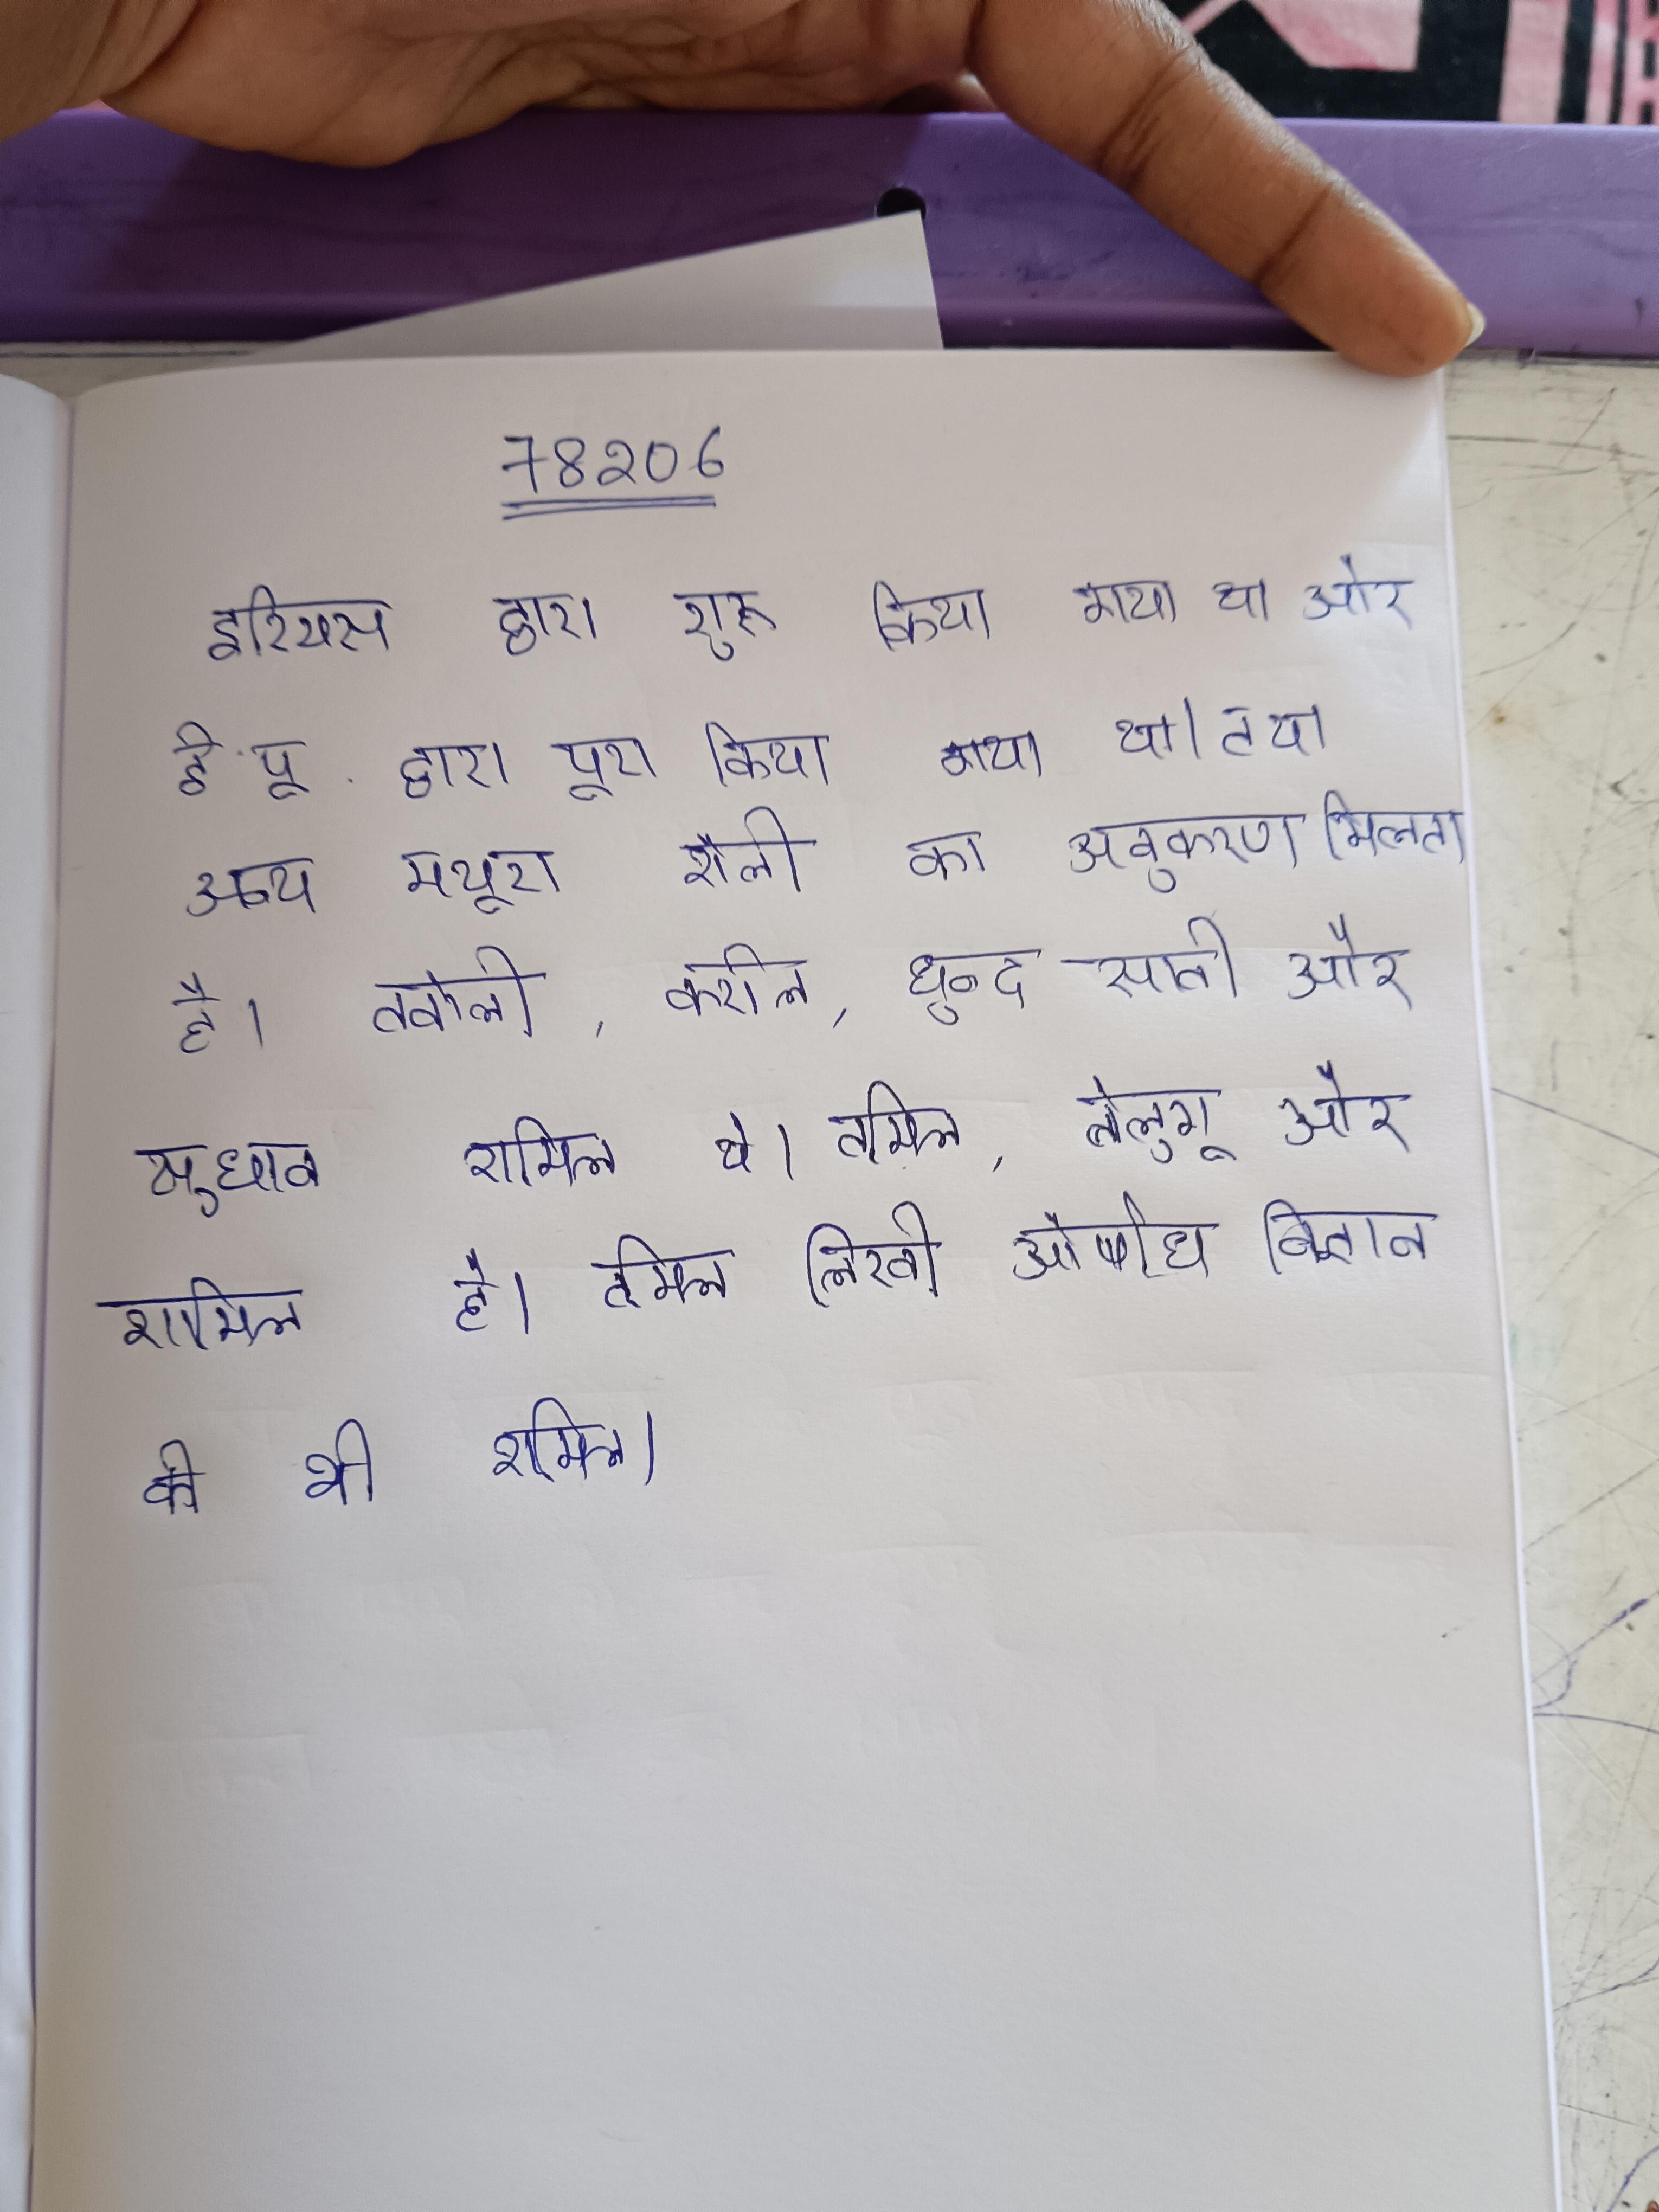
डारियस द्वारा शुरू किया गया था और ई.पू. द्वारा पूरा किया गया था । तथा अन्य मथुरा शैली का अनुकरण मिलता है । तनोली, कर्राल, धुन्द, साती और सुधान शामिल थे । तमिल, तेलुगू और शामिल है । तमिल लिखी औषधि विज्ञान की भी शामिल ।